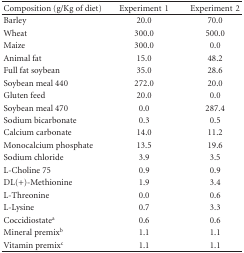
<table><thead><tr><td><b>Composition (g/Kg of diet)</b></td><td><b>Experiment1</b></td><td><b>Experiment2</b></td></tr></thead><tbody><tr><td>Barley</td><td>20.0</td><td>70.0</td></tr><tr><td>Wheat</td><td>300.0</td><td>500.0</td></tr><tr><td>Maize</td><td>300.0</td><td>0.0</td></tr><tr><td>Animal fat</td><td>15.0</td><td>48.2</td></tr><tr><td>Full fat soybean</td><td>35.0</td><td>28.6</td></tr><tr><td>Soybean meal 440</td><td>272.0</td><td>20.0</td></tr><tr><td>Gluten feed</td><td>20.0</td><td>0.0</td></tr><tr><td>Soybean meal 470</td><td>0.0</td><td>287.4</td></tr><tr><td>Sodium bicarbonate</td><td>0.3</td><td>0.5</td></tr><tr><td>Calcium carbonate</td><td>14.0</td><td>11.2</td></tr><tr><td>Monocalcium phosphate</td><td>13.5</td><td>19.6</td></tr><tr><td>Sodium chloride</td><td>3.9</td><td>3.5</td></tr><tr><td>L-Choline 75</td><td>0.9</td><td>0.9</td></tr><tr><td>DL(+)-Methionine</td><td>1.9</td><td>3.4</td></tr><tr><td>L-Threonine</td><td>0.0</td><td>0.6</td></tr><tr><td>L-Lysine</td><td>0.7</td><td>3.3</td></tr><tr><td>Coccidiostate<sup>a</sup></td><td>0.6</td><td>0.6</td></tr><tr><td>Mineral premix<sup>b</sup></td><td>1.1</td><td>1.1</td></tr><tr><td>Vitamin premix<sup>c</sup></td><td>1.1</td><td>1.1</td></tr></tbody></table>